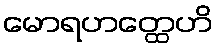
မောရဟတ္ထေဟိ